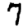
Digit: 7